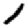
Digit: 1